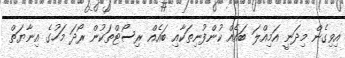
އިވިގެން މިދަނީ އަމިއްލަ ބައެއް ކުންފުނިތަކާއި ބައެއް ރިސޯޓްތަކުން ރޯދަ މަހުގެ އިނާޔަތް